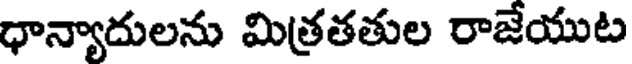
ధాన్యాదులను మిత్రతతుల రాజేయుట